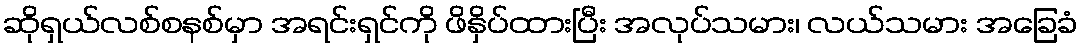
ဆိုရှယ်လစ်စနစ်မှာ အရင်းရှင်ကို ဖိနှိပ်ထားပြီး အလုပ်သမား၊ လယ်သမား အခြေခံ